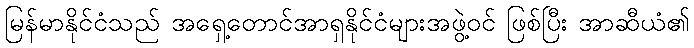
မြန်မာနိုင်ငံသည် အရှေ့တောင်အာရှနိုင်ငံများအဖွဲ့ဝင် ဖြစ်ပြီး အာဆီယံ၏